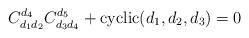
LaTeX: \begin{align*}C_{d_1 d_2}^{d_4} C_{d_3 d_4}^{d_5} + \mbox{cyclic}(d_1,d_2,d_3) = 0\end{align*}